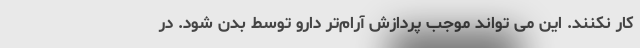
کار نکنند. این می تواند موجب پردازش آرام‌تر دارو توسط بدن شود. در